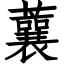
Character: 蘘